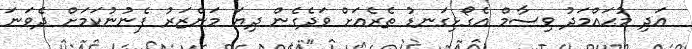
އަދި މުޙައްމަދު ވިސާމް އެގޯޅިގަނޑު ތެރެއަށް ވަދެގެން ދިޔަ މަންޒަރު ފެނުނުކަމަށް ދެވަނަ